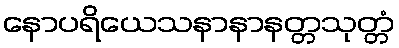
နောပရိယေသနာနာနတ္တသုတ္တံ